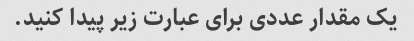
یک مقدار عددی برای عبارت زیر پیدا کنید.